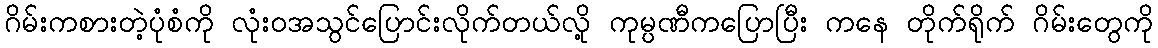
ဂိမ်းကစားတဲ့ပုံစံကို လုံးဝအသွင်ပြောင်းလိုက်တယ်လို့ ကုမ္ပဏီကပြောပြီး ကနေ တိုက်ရိုက် ဂိမ်းတွေကို